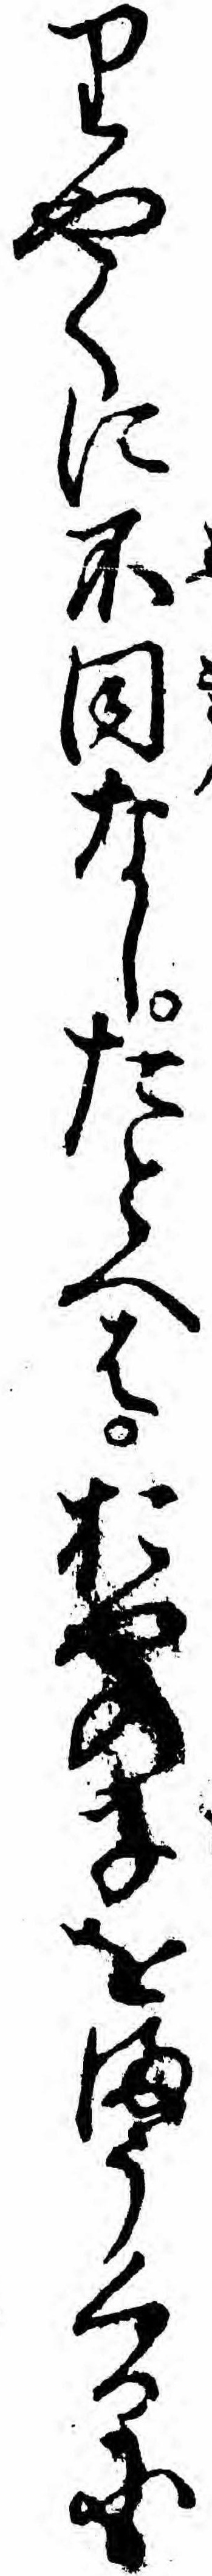
りやくに不同なしたとへはおやの子をまうくるに